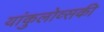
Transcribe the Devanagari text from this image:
यांकुलोव्सकी